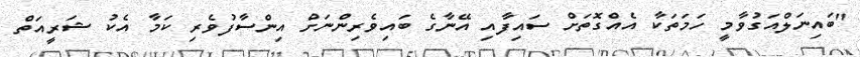
"ބައިނަލްއަގުވާމީ ހަމަތަކާ އެއްގޮތަށް ސައިފާއި އޭނާގެ ބައިވެރިންނަށް އިންސާފުވެރި ކަމާ އެކު ޝަރީއަތް